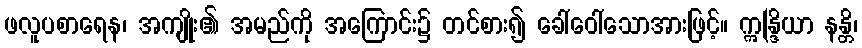
ဖလူပစာရေန၊ အကျိုး၏ အမည်ကို အကြောင်း၌ တင်စား၍ ခေါ်ဝေါ်သောအားဖြင့်။ ဣန္ဒြိယာ နန္တိ၊